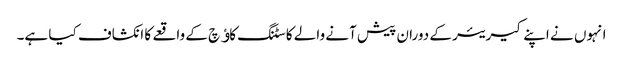
انہوں نے اپنے کیریئر کے دوران پیش آنے والے کاسٹنگ کاﺅچ کے واقعے کا انکشاف کیا ہے۔